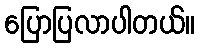
ပြောပြလာပါတယ်။